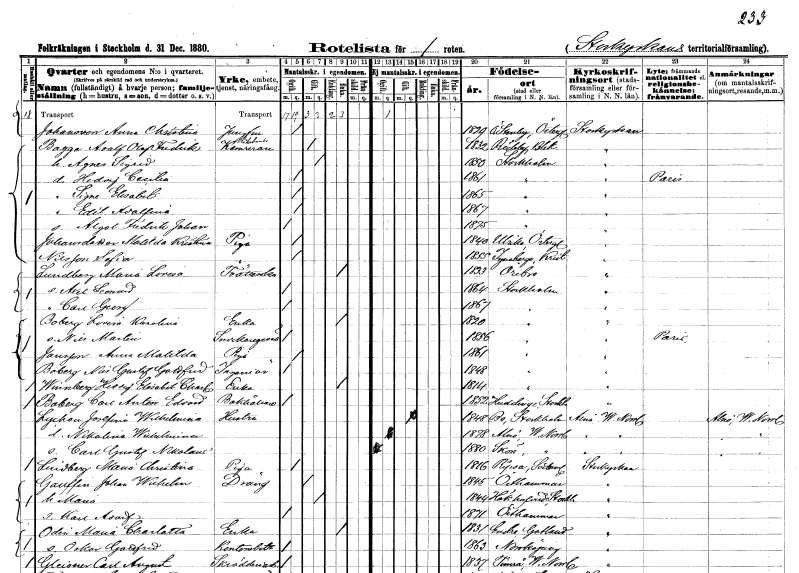
gt_parse: households: individuals: FN: Anna Christina
EN: Johansson
YRKE: Jungfru
KON: K
CIV: O
FODAR: 1829
FODFORS: Östra Stenby Östergötlands län
FN: Adolf Olof Fredrik
EN: Bagge
YRKE: Riksbankskamrerare
KON: M
CIV: G
FODAR: 1832
FODFORS: Rödeby Blekinge län
FN: Agnes Sigrid
KON: K
CIV: G
FODAR: 1850
FODFORS: Stockholm
FN: Hedvig Cecilia
KON: K
CIV: O
FODAR: 1861
FODFORS: Stockholm
FN: Signe Elisabet
KON: K
CIV: O
FODAR: 1865
FODFORS: Stockholm
FN: Edit Adolfina
KON: K
CIV: O
FODAR: 1867
FODFORS: Stockholm
FN: Algot Fredrik Johan
KON: M
CIV: O
FODAR: 1875
FODFORS: Stockholm
FN: Matilda Kristina
EN: Johansdotter
YRKE: Piga
KON: K
CIV: O
FODAR: 1840
FODFORS: Ulrika Östergötlands län
FN: Sofia
EN: Nilsson
YRKE: Piga
KON: K
CIV: O
FODAR: 1855
FODFORS: Ignaberga Kristianstads län
FN: Maria Lovisa
EN: Lundberg
YRKE: Tvätterska
KON: K
CIV: E
FODAR: 1833
FODFORS: Örebro Örebro län
FN: Axel Leonard
KON: M
CIV: O
FODAR: 1864
FODFORS: Stockholm
FN: Carl Georg
KON: M
CIV: O
FODAR: 1867
FODFORS: Stockholm
FN: Lovisa Karolina
EN: Boberg
YRKE: Änka
KON: K
CIV: E
FODAR: 1820
FODFORS: Stockholm
FN: Nils Martin
YRKE: Snickaregesäll
KON: M
CIV: O
FODAR: 1856
FODFORS: Stockholm
FN: Anna Matilda
EN: Jansson
YRKE: Piga
KON: K
CIV: O
FODAR: 1861
FODFORS: Stockholm
FN: Nils Gustaf Gottfrid
EN: Boberg
YRKE: Ingenjör
KON: M
CIV: O
FODAR: 1848
FODFORS: Stockholm
FN: Hedvig Elisabet Charlotta
EN: Winnberg
YRKE: Änka
KON: K
CIV: E
FODAR: 1814
FODFORS: Stockholm
FN: Carl Anton Edvard
EN: Boberg
YRKE: Bokhållare
KON: M
CIV: O
FODAR: 1852
FODFORS: Huddinge Stockholms län
FN: Josefina Wilhelmina
EN: Lyckou
YRKE: Hustru
KON: K
CIV: G
FODAR: 1848
FODFORS: Bo Stockholms län
FN: Nikolina Wilhelmina
KON: K
CIV: O
FODAR: 1878
FODFORS: Alnö Västernorrlands län
FN: Carl Gustaf Nikolaus
KON: M
CIV: O
FODAR: 1880
FODFORS: Skön Västernorrlands län
FN: Maria Christina
EN: Lindberg
YRKE: Piga
KON: K
CIV: O
FODAR: 1816
FODFORS: Ripsa Södermanlands län
FN: Johan Wilhelm
EN: Gauffin
YRKE: Dräng
KON: M
CIV: G
FODAR: 1845
FODFORS: Östhammar Uppsala län
FN: Maria
KON: K
CIV: G
FODAR: 1844
FODFORS: Hökhuvud Uppsala län
FN: Karl Adolf
KON: M
CIV: O
FODAR: 1871
FODFORS: Östhammar Uppsala län